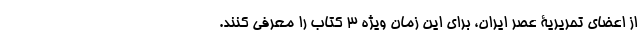
از اعضای تحریریۀ عصر ایران، برای این زمان ویژه 3 کتاب را معرفی کنند.